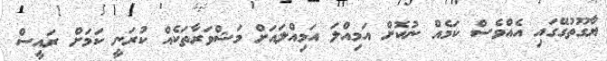
ޔާގޫތުގޭގައި އެއްވެސް ކަމެއް ނުކޮށް އަމިއްލަ އަމިއްލައަށް މަޝްވަރާތަަކެއް ކުރަނީ ކަމަށް ރައީސް